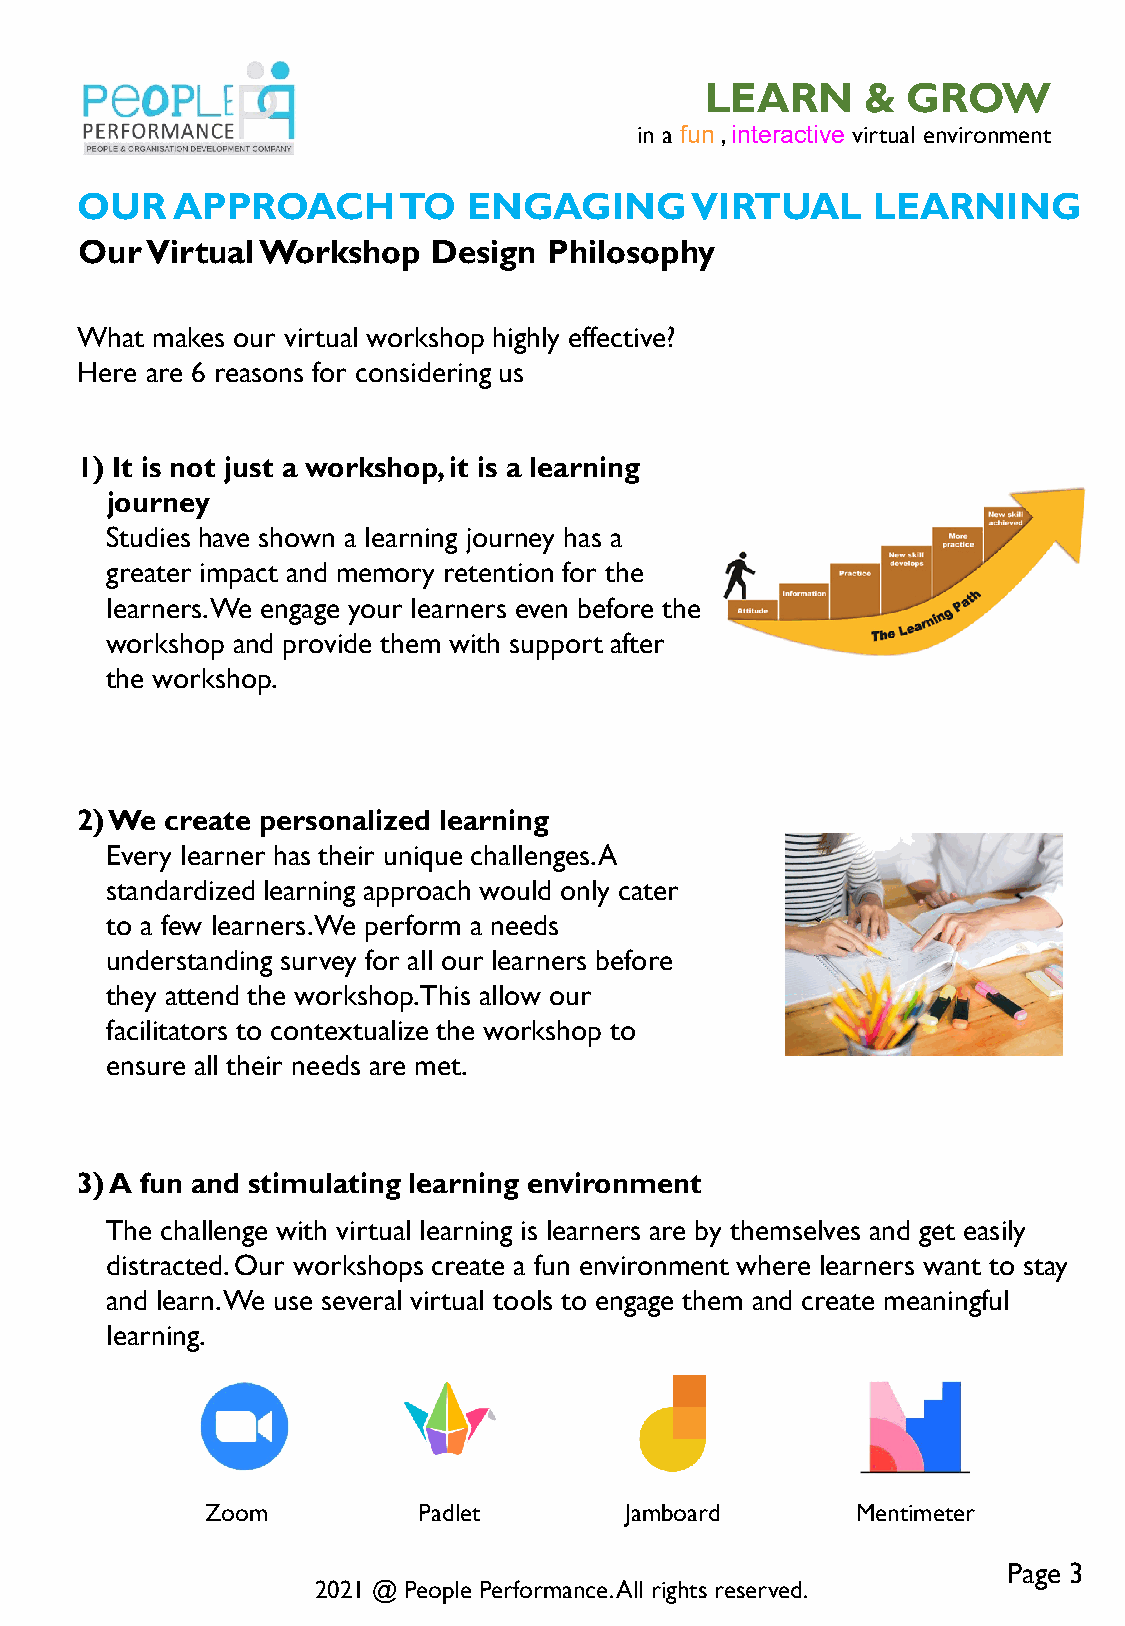
LEARN     &  GROW
 in a fun , interactive virtual environment
 OUR   APPROACH       TO   ENGAGING       VIRTUAL     LEARNING
 Our  Virtual Workshop   Design Philosophy
 What makes our virtual workshop highly effective?
 Here are 6 reasons for considering us
 1) It is not just a workshop, it is a learning
 journey
 Studies have shown a learning journey has a
 greater impact and memory retention for the
 learners. We engage your learners even before the
 workshop and provide them with support after
 the workshop.
 2) We create personalized learning
 Every learner has their unique challenges. A
 standardized learning approach would only cater
 to a few learners. We perform a needs
 understanding survey for all our learners before
 they attend the workshop. This allow our
 facilitators to contextualize the workshop to
 ensure all their needs are met.
 3) A fun and stimulating learning environment
 The challenge with virtual learning is learners are by themselves and get easily
 distracted. Our workshops create a fun environment where learners want to stay
 and learn. We use several virtual tools to engage them and create meaningful
 learning.
 Zoom          Padlet       Jamboard        Mentimeter
 Page 3
 2021 @ People Performance. All rights reserved.